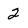
Character: 2